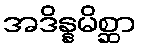
အဒိန္နမိစ္ဆာ